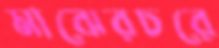
মাঝেরচরে